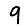
Digit: 9